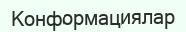
Конформациялар